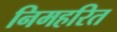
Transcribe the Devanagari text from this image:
निमहरित